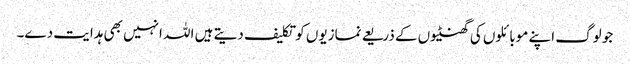
جو لوگ اپنے موبائلوں کی گھنٹیوں کے ذریعے نمازیوں کو تکلیف دیتے ہیں اللہ انہیں بھی ہدایت دے۔